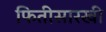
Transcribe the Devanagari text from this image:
फितीसारखी